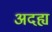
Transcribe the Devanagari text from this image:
अदह्य